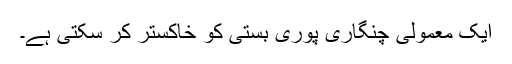
ایک معمولی چنگاری پوری بستی کو خاکستر کر سکتی ہے۔